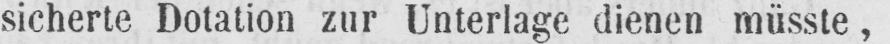
sicherte Dotation zur Unterlage dienen müsste,